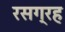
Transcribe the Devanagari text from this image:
रसग्रह